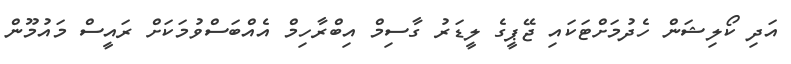
އަދި ކޯލިޝަން ހެދުމަށްޓަކައި ޖޭޕީގެ ލީޑަރު ގާސިމް އިބްރާހިމް އެއްބަސްވުމަކަށް ރައީސް މައުމޫން